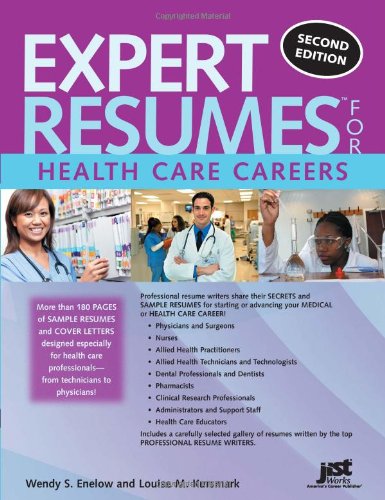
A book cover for Expert Resumes for Health Care Careers, 2nd Ed; Wendy S Enelow; Business & Money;